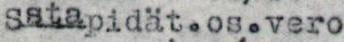
Sstapidät.os.vero